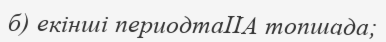
б) екінші периодтаІІА топшада;